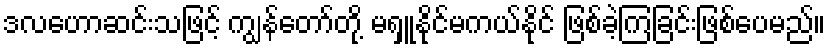
ဒလဟောဆင်းသဖြင့် ကျွန်တော်တို့ မရှူနိုင်မကယ်နိုင် ဖြစ်ခဲ့ကြခြင်းဖြစ်ပေမည်။